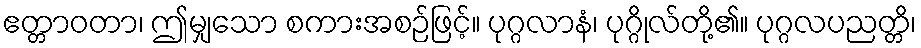
ဧတ္တာဝတာ၊ ဤမျှသော စကားအစဉ်ဖြင့်။ ပုဂ္ဂလာနံ၊ ပုဂ္ဂိုလ်တို့၏။ ပုဂ္ဂလပညတ္တိ၊